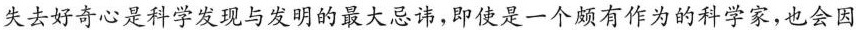
失去好奇心是科学发现与发明的最大忌讳，即使是一个颇有作为的科学家，也会因